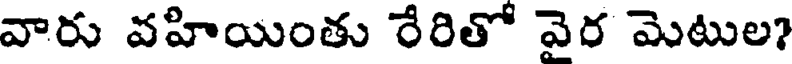
వారు వహియింతు రేరితో వెర మెటుల?